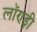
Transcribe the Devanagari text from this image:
लॉण्ड्री